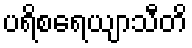
ပရိစရေယျာသီတိ